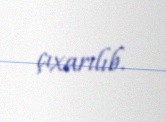
çıxarılıb.